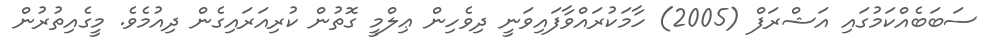
ސަބަބެއްކަމުގައި އަޝްރަފް (2005) ހާމަކުރައްވާފައިވަނީ ދިވެހިން ޢިލްމީ ގޮތުން ކުރިއަރައިގެން ދިއުމެވެ. މީގެއިތުރުން